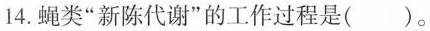
14. 蝇类“ 新陈代谢”的工作过程是 ( ) 。